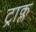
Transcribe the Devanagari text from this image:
ट्राक्ल